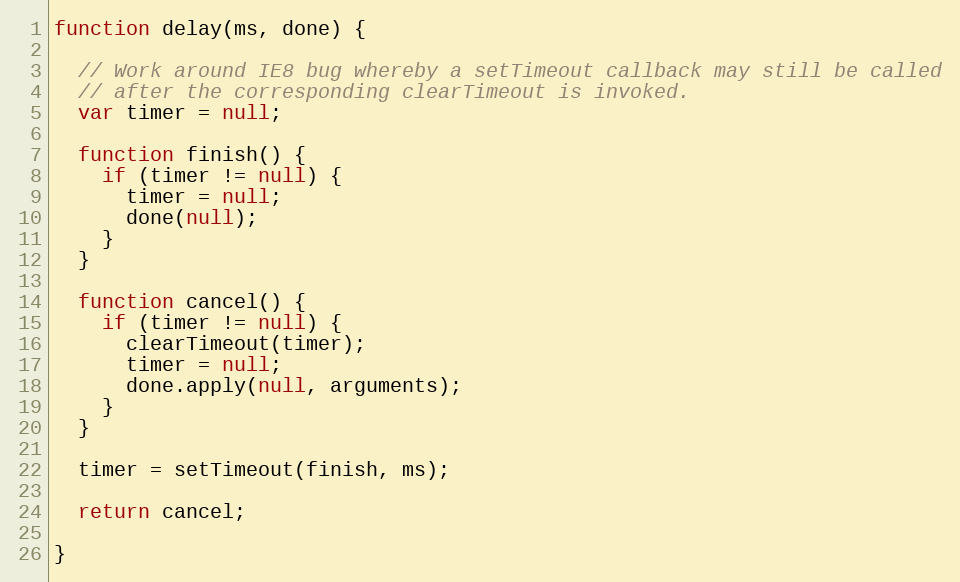
Language: JavaScript
function delay(ms, done) {

  // Work around IE8 bug whereby a setTimeout callback may still be called
  // after the corresponding clearTimeout is invoked.
  var timer = null;

  function finish() {
    if (timer != null) {
      timer = null;
      done(null);
    }
  }

  function cancel() {
    if (timer != null) {
      clearTimeout(timer);
      timer = null;
      done.apply(null, arguments);
    }
  }

  timer = setTimeout(finish, ms);

  return cancel;

}